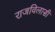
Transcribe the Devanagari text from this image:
राजविलासी